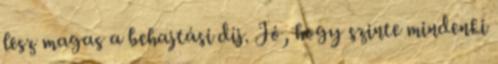
lesz magas a behajtási díj. Jó, hogy szinte mindenki